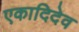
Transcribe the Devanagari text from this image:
एकादिदेव